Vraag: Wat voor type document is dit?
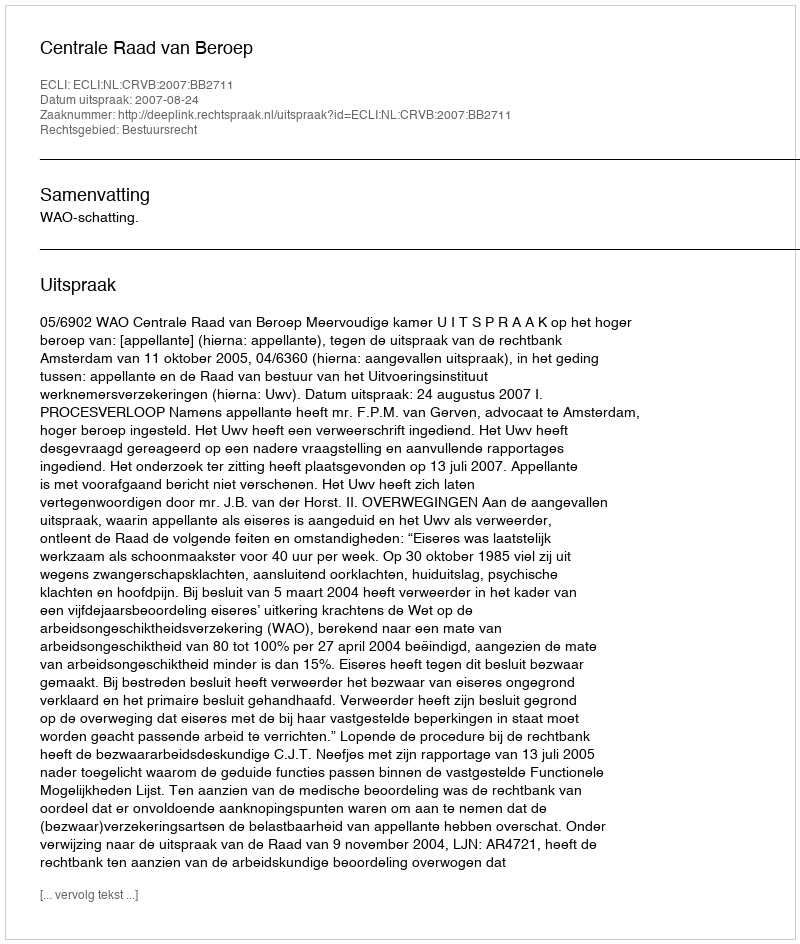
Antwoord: Uitspraak